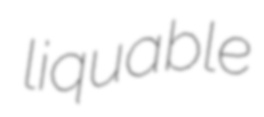
liquable